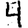
Digit: 4